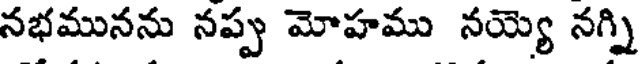
నభమునను నప్పు మోహము నయ్యె నగ్ని